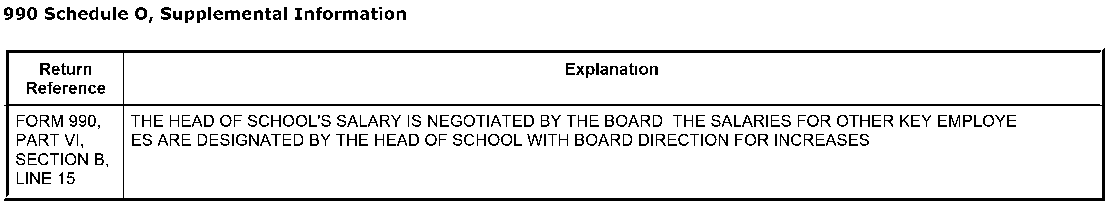
990 Schedule 0, Supplemental Information
 Return                            Explanation
 Reference
 FORM 990, THE HEAD OF SCHOOL'S SALARY IS NEGOTIATED BY THE BOARD THE SALARIES FOR OTHER KEY EMPLOYE
 PART VI, ES ARE DESIGNATED BY THE HEAD OF SCHOOL WITH BOARD DIRECTION FOR INCREASES
 SECTION B,
 LlNE15